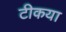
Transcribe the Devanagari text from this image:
टीकया